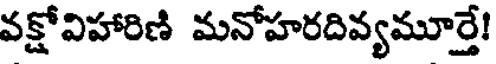
వక్షోవిహారిణి మనోహరదివ్యమూర్తే!